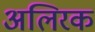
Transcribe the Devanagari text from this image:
अलिरक